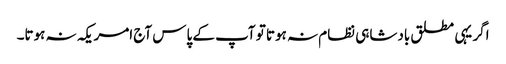
اگر یہی مطلق بادشاہی نظام نہ ہوتا تو آپ کے پاس آج امریکہ نہ ہوتا۔